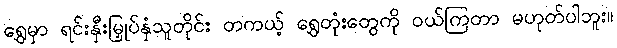
ရွှေမှာ ရင်းနှီးမြှုပ်နှံသူတိုင်း တကယ့် ရွှေတုံးတွေကို ဝယ်ကြတာ မဟုတ်ပါဘူး။